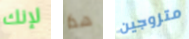
لإنك هذا متزوجين